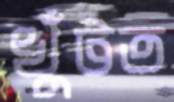
খুঁটত